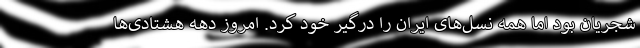
شجریان بود اما همه نسل‌های ایران را درگیر خود کرد. امروز دهه هشتادی‌ها